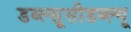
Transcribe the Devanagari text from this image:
डब्ल्सूसीडब्ल्यू